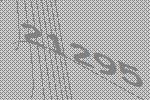
21295